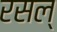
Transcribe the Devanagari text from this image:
रसल्